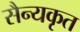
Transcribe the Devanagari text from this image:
सैन्यकृत